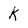
Character: K